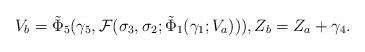
LaTeX: \begin{align*}&V_b=\tilde{\Phi}_5(\gamma_5,\mathcal{F}(\sigma_3,\sigma_2;\tilde{\Phi}_1(\gamma_1;V_a))),Z_b=Z_a+\gamma_4.\end{align*}